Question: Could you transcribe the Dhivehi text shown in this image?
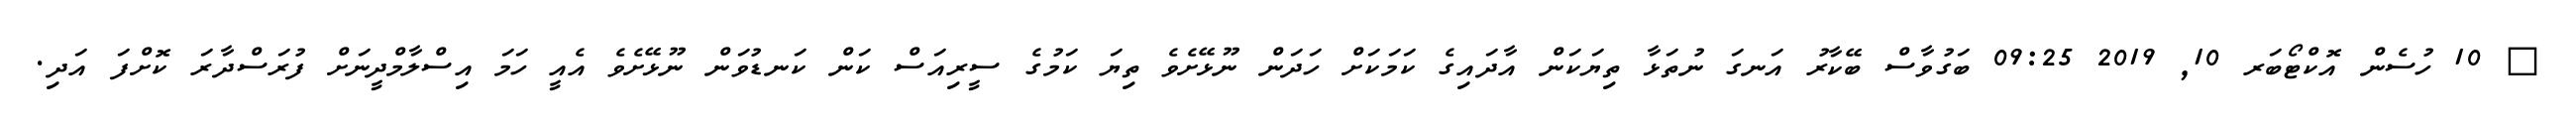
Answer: ? 10 ހުސެން އޮކްޓޯބަރ 10, 2019 09:25 ބަގުވާސް ބޭކާރު އަނގަ ނުތަޅާ ތިޔަކަން އާދައިގެ ކަމަކަށް ހަދަން ނޫޅޭށެވެ ތިޔަ ކަމުގެ ސީރިއަސް ކަން ކަނޑުވަން ނޫޅޭށެވެ އެއީ ހަމަ އިސްލާމްދީނަށް ފުރަސްދާރަ ކޮށްފަ އަދި.